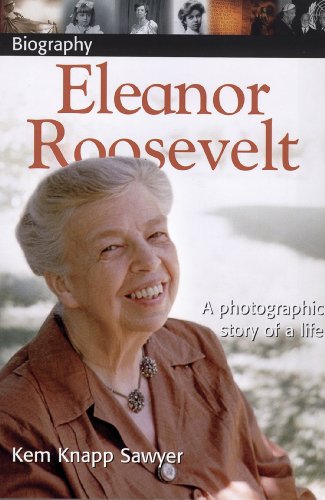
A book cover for DK Biography: Eleanor Roosevelt; Kem Knapp Sawyer; Children's Books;